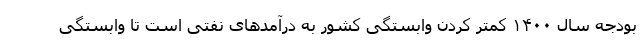
بودجه سال ۱۴۰۰ کمتر کردن وابستگی کشور به درآمدهای نفتی است تا وابستگی